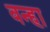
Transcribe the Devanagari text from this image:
वन्हा